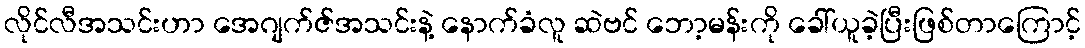
လိုင်လီအသင်းဟာ အေဂျက်ဇ်အသင်းနဲ့ နောက်ခံလူ ဆဲဗင် ဘော့မန်းကို ခေါ်ယူခဲ့ပြီးဖြစ်တာကြောင့်